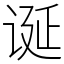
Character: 诞